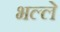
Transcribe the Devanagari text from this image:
भल्ले